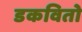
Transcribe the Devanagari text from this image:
डकवितो